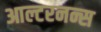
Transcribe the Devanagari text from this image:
आल्टरनन्स